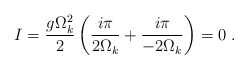
\begin{align*}I=\frac{g\Omega_k^2}{2}\left(\frac{i\pi}{2\Omega_k}+\frac{i\pi}{-2\Omega_k}\right)=0\;.\end{align*}